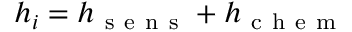
h _ { i } = h _ { \mathrm { ~ s ~ e ~ n ~ s ~ } } + h _ { \mathrm { ~ c ~ h ~ e ~ m ~ } }